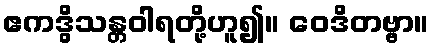
ဧကဒွိသန္တဝါရတို့ဟူ၍။ ဝေဒိတဗ္ဗာ။